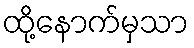
ထို့နောက်မှသာ